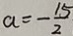
a = - \frac { 1 5 } { 2 }